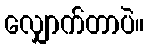
လျှောက်တာပဲ။